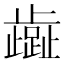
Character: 𬆏